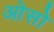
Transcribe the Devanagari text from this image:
ओसो